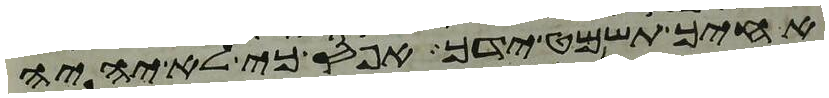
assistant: אחיך תשמט ידך אפס כי לא יהיה